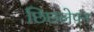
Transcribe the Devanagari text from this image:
छिछलेपन